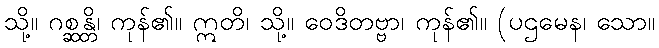
သို့။ ဂစ္ဆန္တိ၊ ကုန်၏။ ဣတိ၊ သို့။ ဝေဒိတဗ္ဗာ၊ ကုန်၏။ (ပဌမေန၊ သော။